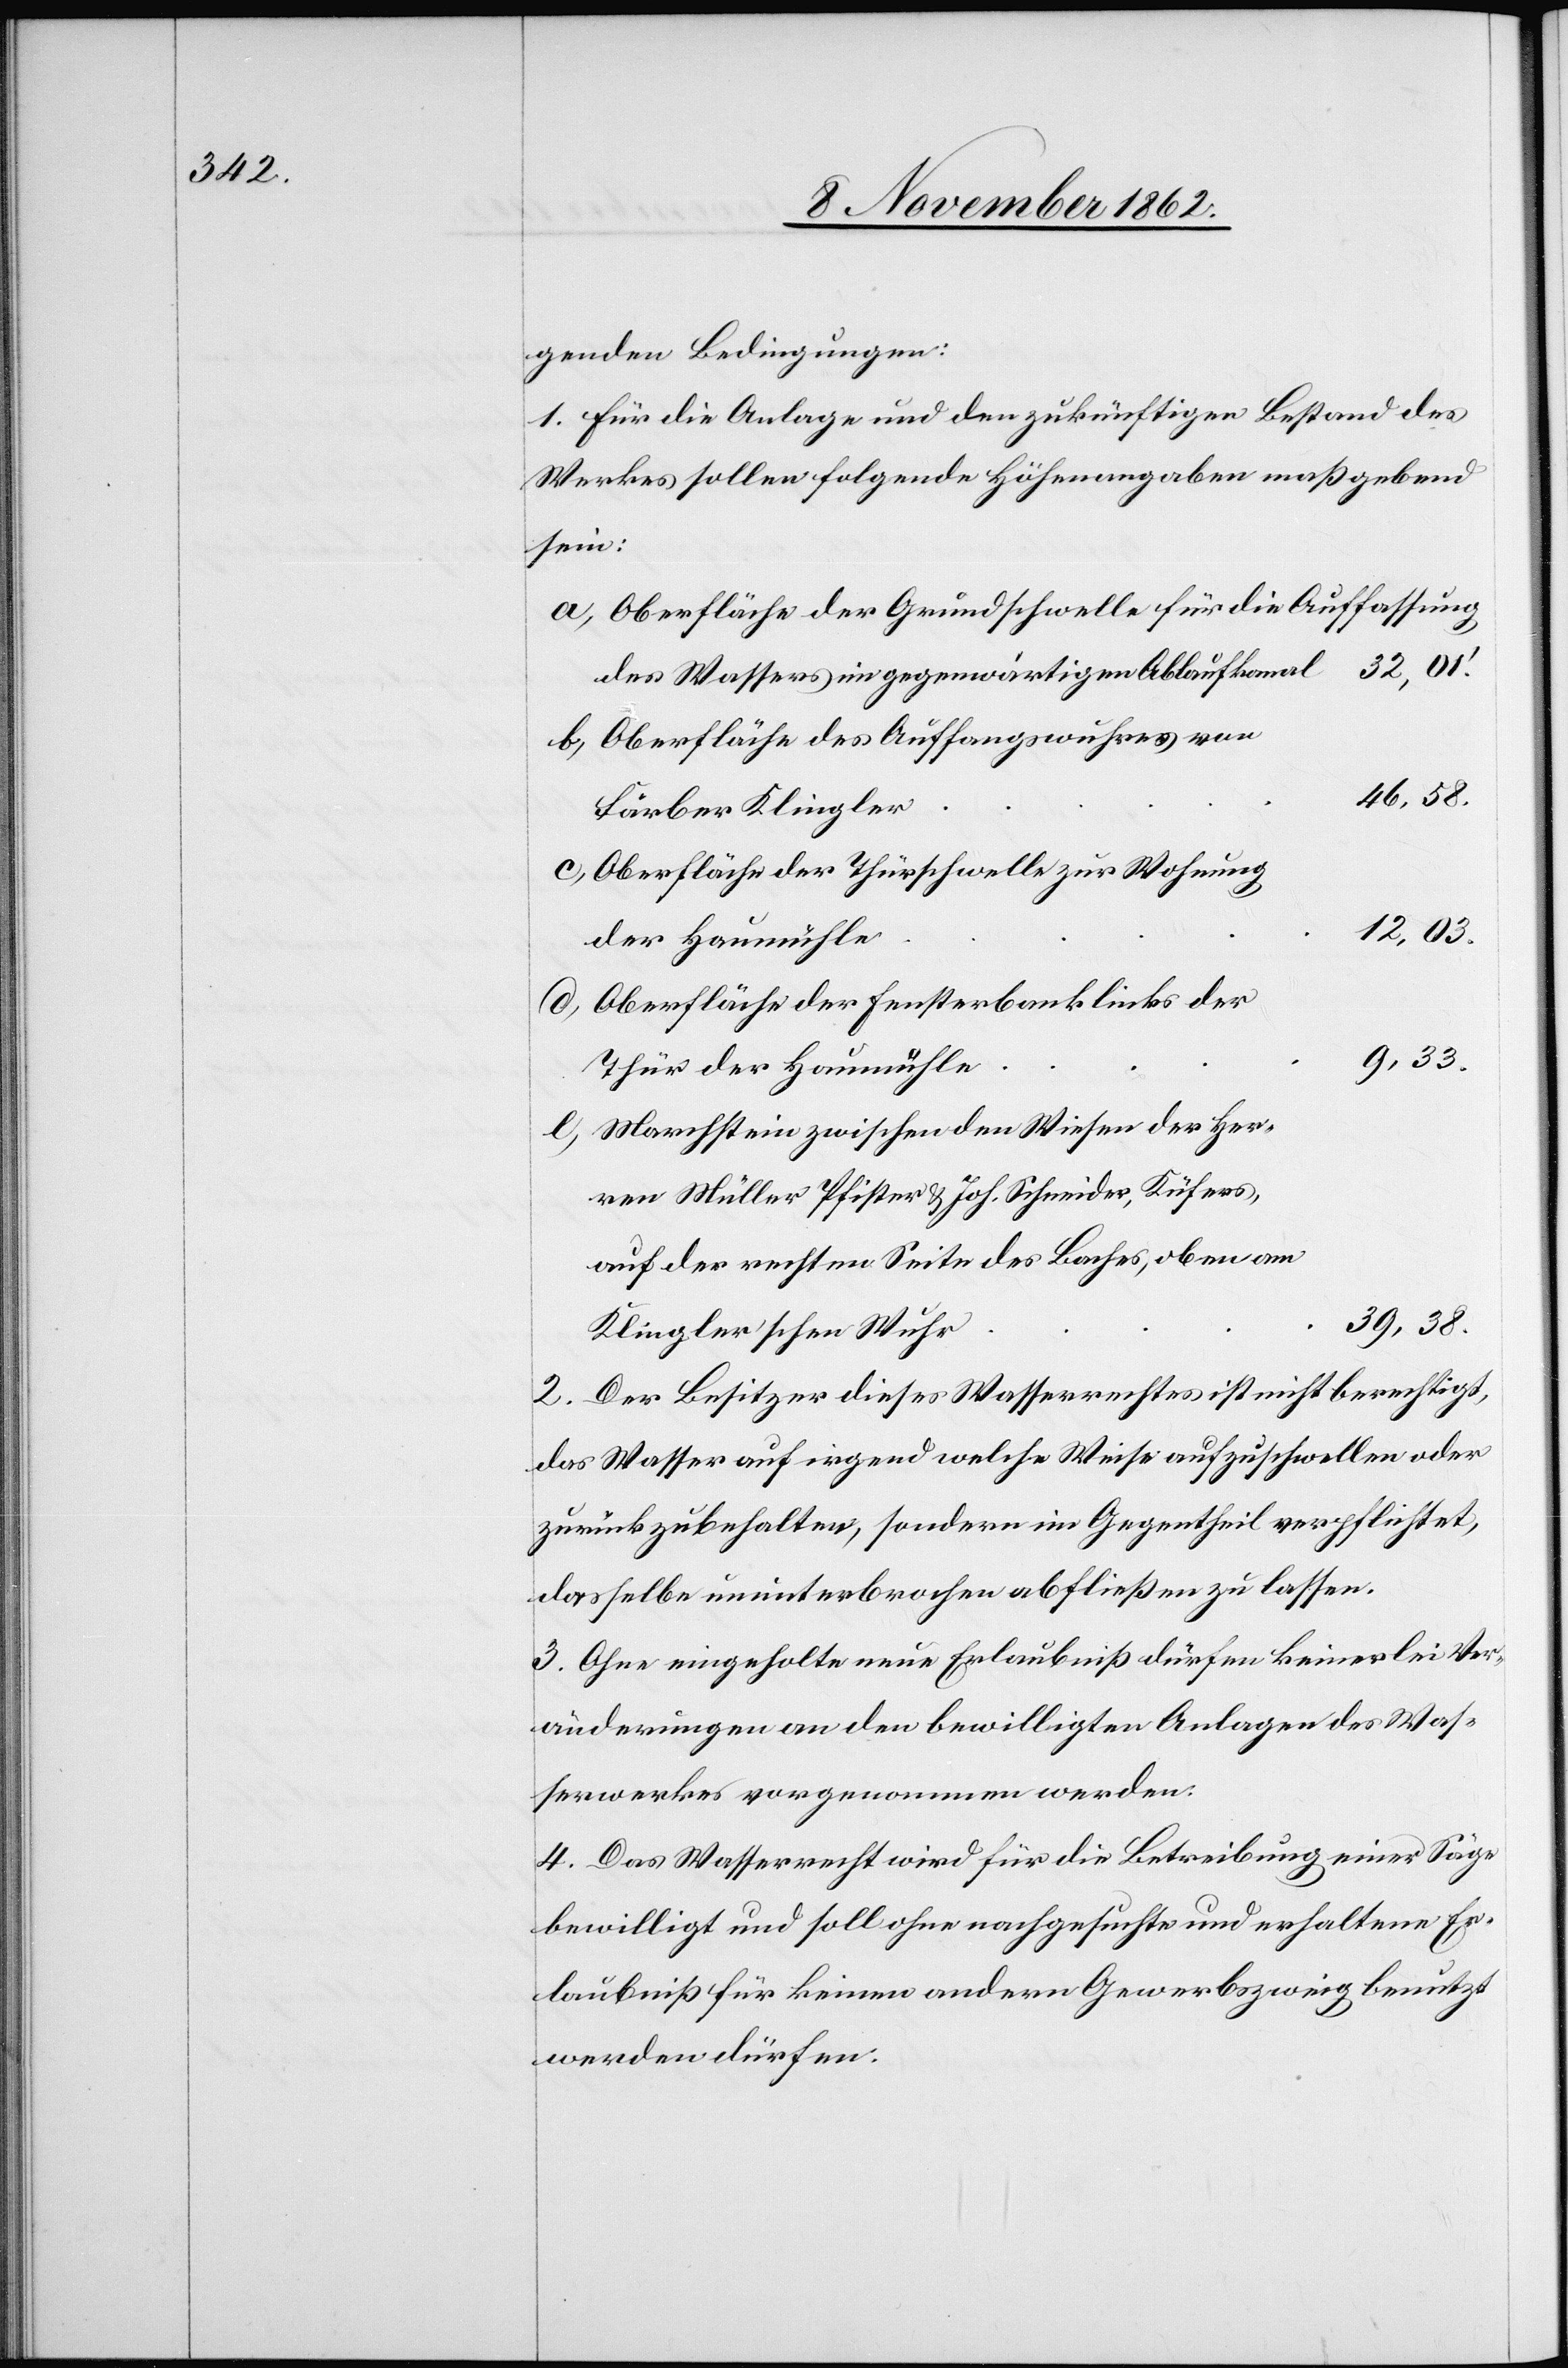
genden Bedingungen:
1. Für die Anlage und den zukünftigen Bestand des
Werkes sollen folgende Höhenangaben maßgebend
sein:
Oberfläche der Grundschwelle für die Auffassung
des Wassers im gegenwärtigen Ablaufkanal
Oberfläche des Auffangswuhres von
46,58.
Färber Klingler
Oberfläche der Thurschwelle zur Wohnung
12,03.
der Haumühle
Oberfläche der Fensterbank links der
9,33.
Thür der Haumühle
Marchstein zwischen den Wiesen der Her¬
ren Müller Pfister u. Joh. Schneider, Küfers,
auf der rechten Seite des Baches, oben am
39,38.
Klingler’schen Wuhr
2. Der Besitzer dieses Wasserrechtes ist nicht berechtigt,
das Wasser auf irgend welche Weise aufzuschwellen oder
zurückzubehalten, sondern im Gegentheil verpflichtet,
dasselbe ununterbrochen abfließen zu lassen.
3. Ohne eingeholte neue Erlaubniß dürfen keinerlei Ver¬
änderungen an den bewilligten Anlagen des Was¬
serwerkes vorgenommen werden.
4. Das Wasserrecht wird für die Betreibung einer Säge
bewilligt und soll ohne nachgesuchte und erhaltene Er¬
laubniß für keinen andern Gewerbszweig benutzt
werden dürfen.